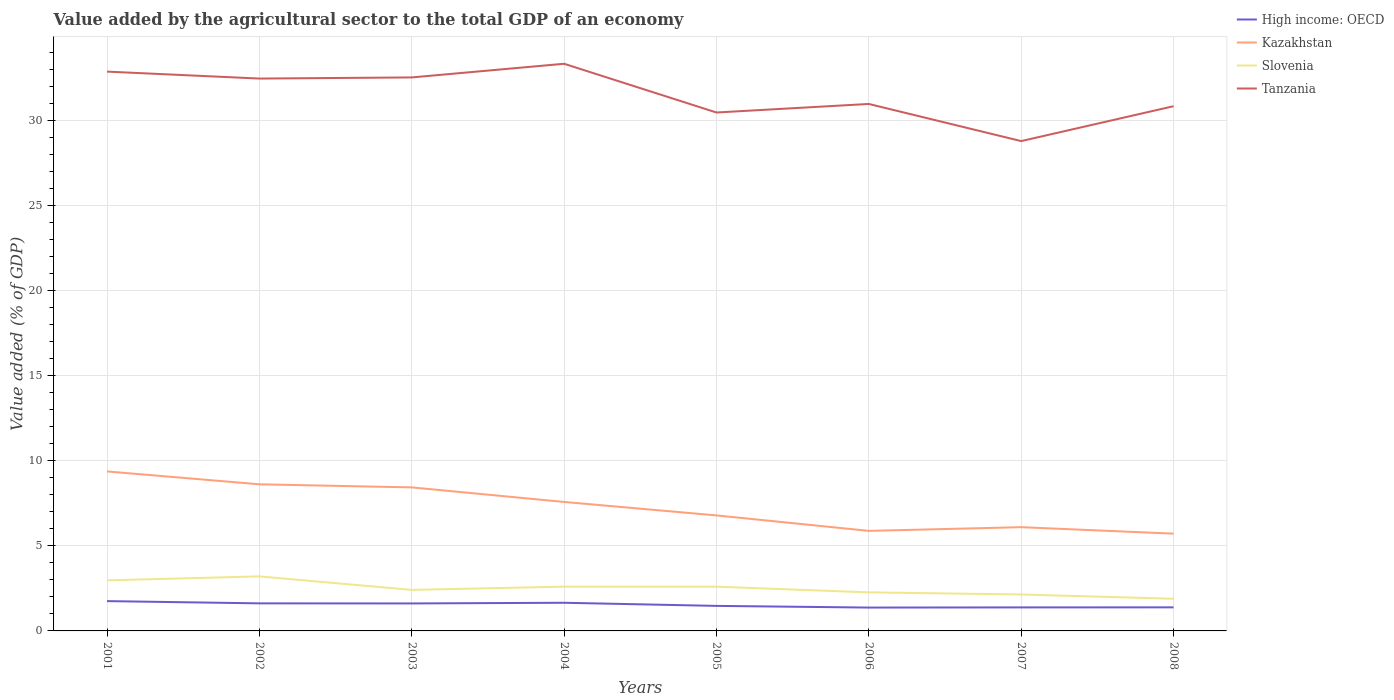
| Years | High income: OECD | Kazakhstan | Slovenia | Tanzania |
 | --- | --- | --- | --- | --- |
 | 2001 | 1.75 | 9.37 | 2.97 | 32.9 |
 | 2002 | 1.62 | 8.62 | 3.2 | 32.5 |
 | 2003 | 1.62 | 8.43 | 2.41 | 32.5 |
 | 2004 | 1.65 | 7.58 | 2.6 | 33.3 |
 | 2005 | 1.47 | 6.79 | 2.6 | 30.5 |
 | 2006 | 1.37 | 5.88 | 2.27 | 31 |
 | 2007 | 1.38 | 6.1 | 2.14 | 28.8 |
 | 2008 | 1.39 | 5.72 | 1.89 | 30.8 |